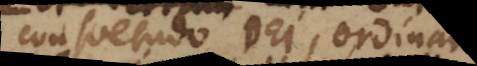
consuetudo Dei, ordina